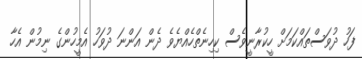
ފަހު ދުވަސްތައްކަމަށް ހީކުރާނީވެސް ކިހިނެތްހެއްޔެވެ ދެން އަންނަ ދުވަހު އެމީހުންގެ ނިމުން އެހާ